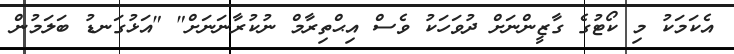
އެކަމަކު މި ކޯޓުގެ ގާޒީންނަށް ދުވަހަކު ވެސް އިޙްތިރާމް ނުކުރާނަނަށް" "އަޅުގަނޑު ބަލަމުން